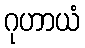
ဂုဟာယံ